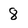
Character: 8